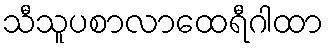
သီသူပစာလာထေရီဂါထာ